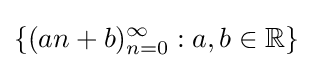
\{(an+b)_{n=0}^{\infty }:a,b\in \mathbb {R} \}